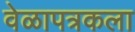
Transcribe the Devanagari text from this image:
वेळापत्रकला